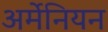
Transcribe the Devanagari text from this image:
अर्मेनियन